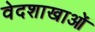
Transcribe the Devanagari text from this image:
वेदशाखाओं